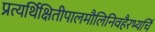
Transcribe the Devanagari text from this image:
प्रत्यर्थिक्षितीपालमौलिनिवहैरभ्यर्चि